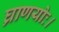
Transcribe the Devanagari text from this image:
घ्राणयोः।